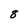
Character: 8